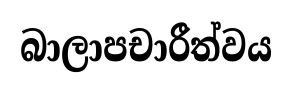
බාලාපචාරීත්වය